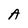
Character: A